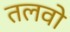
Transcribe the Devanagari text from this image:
तलवो